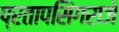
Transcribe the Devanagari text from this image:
प्रतापसिंगराजे